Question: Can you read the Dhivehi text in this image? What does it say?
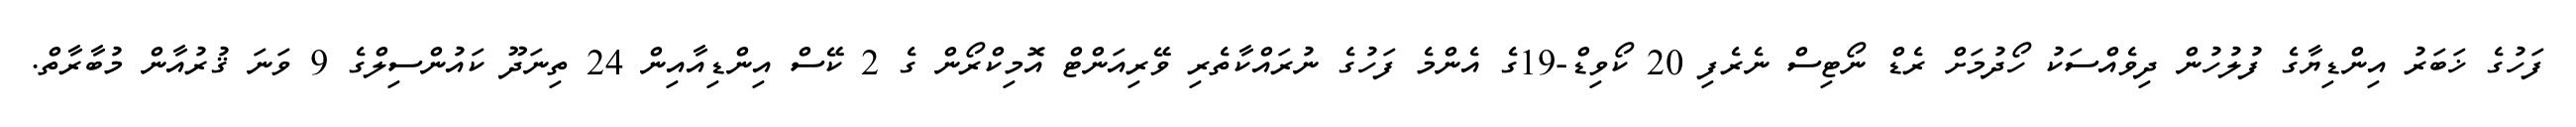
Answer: ފަހުގެ ޚަބަރު އިންޑިޔާގެ ފުލުހުން ދިވެއްސަކު ހޯދުމަށް ރެޑް ނޯޓިސް ނެރެފި 20 ކޯވިޑް-19ގެ އެންމެ ފަހުގެ ނުރައްކާތެރި ވޭރިއަންޓް އޮމިކްރޯން ގެ 2 ކޭސް އިންޑިއާއިން 24 ތިނަދޫ ކައުންސިލްގެ 9 ވަނަ ޤުރުއާން މުބާރާތް.